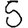
Digit: 5